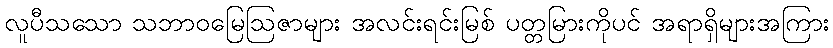
လူပီသသော သဘာဝမြေဩဇာများ အလင်းရင်းမြစ် ပတ္တမြားကိုပင် အရာရှိများအကြား